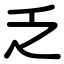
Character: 乏